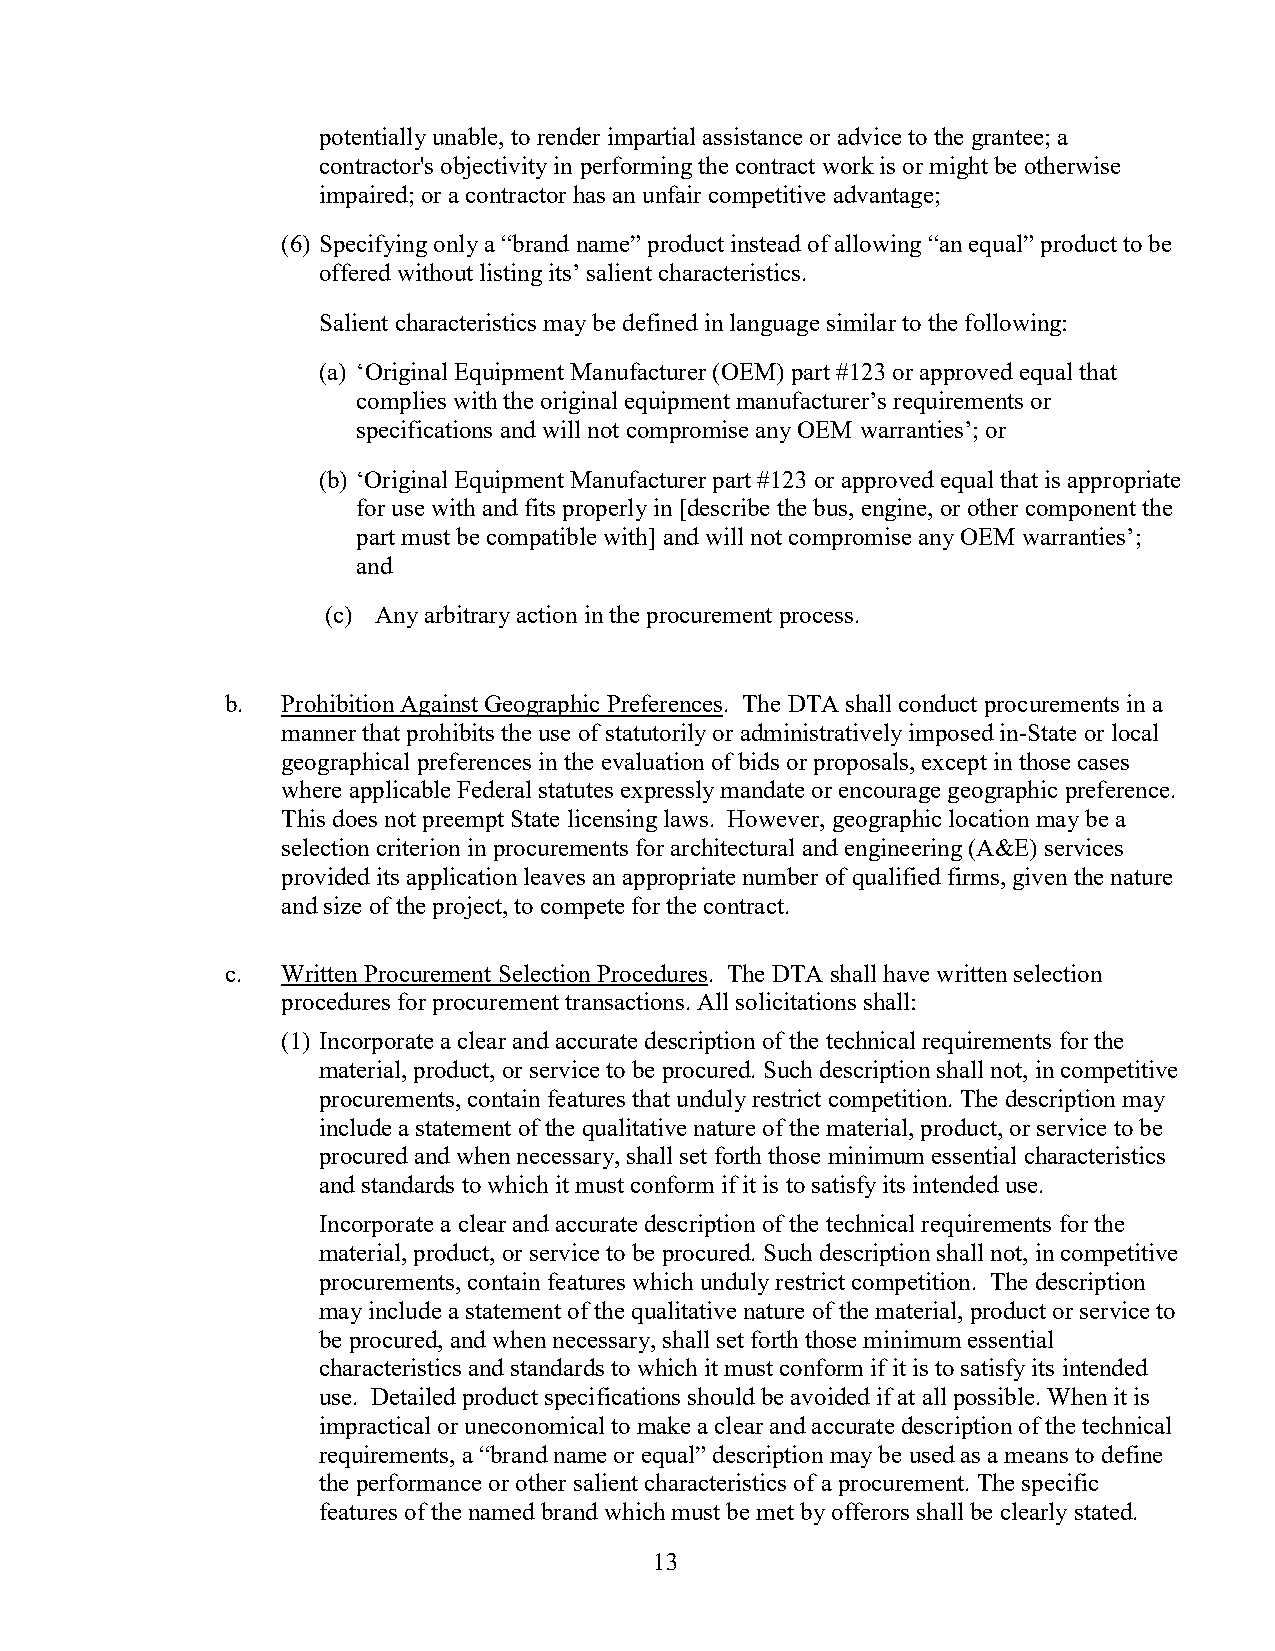
potentially unable, to render impartial assistance or advice to the grantee; a
 contractor's objectivity in performing the contract work is or might be otherwise
 impaired; or a contractor has an unfair competitive advantage;
 (6) Specifying only a “brand name” product instead of allowing “an equal” product to be
 offered without listing its’ salient characteristics.
 Salient characteristics may be defined in language similar to the following:
 (a) ‘Original Equipment Manufacturer (OEM) part #123 or approved equal that
 complies with the original equipment manufacturer’s requirements or
 specifications and will not compromise any OEM warranties’; or
 (b) ‘Original Equipment Manufacturer part #123 or approved equal that is appropriate
 for use with and fits properly in [describe the bus, engine, or other component the
 part must be compatible with] and will not compromise any OEM warranties’;
 and
 (c) Any arbitrary action in the procurement process.
 b.  Prohibition Against Geographic Preferences. The DTA shall conduct procurements in a
 manner that prohibits the use of statutorily or administratively imposed in-State or local
 geographical preferences in the evaluation of bids or proposals, except in those cases
 where applicable Federal statutes expressly mandate or encourage geographic preference.
 This does not preempt State licensing laws. However, geographic location may be a
 selection criterion in procurements for architectural and engineering (A&E) services
 provided its application leaves an appropriate number of qualified firms, given the nature
 and size of the project, to compete for the contract.
 c.  Written Procurement Selection Procedures. The DTA shall have written selection
 procedures for procurement transactions. All solicitations shall:
 (1) Incorporate a clear and accurate description of the technical requirements for the
 material, product, or service to be procured. Such description shall not, in competitive
 procurements, contain features that unduly restrict competition. The description may
 include a statement of the qualitative nature of the material, product, or service to be
 procured and when necessary, shall set forth those minimum essential characteristics
 and standards to which it must conform if it is to satisfy its intended use.
 Incorporate a clear and accurate description of the technical requirements for the
 material, product, or service to be procured. Such description shall not, in competitive
 procurements, contain features which unduly restrict competition. The description
 may include a statement of the qualitative nature of the material, product or service to
 be procured, and when necessary, shall set forth those minimum essential
 characteristics and standards to which it must conform if it is to satisfy its intended
 use. Detailed product specifications should be avoided if at all possible. When it is
 impractical or uneconomical to make a clear and accurate description of the technical
 requirements, a “brand name or equal” description may be used as a means to define
 the performance or other salient characteristics of a procurement. The specific
 features of the named brand which must be met by offerors shall be clearly stated.
 13